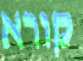
קורא